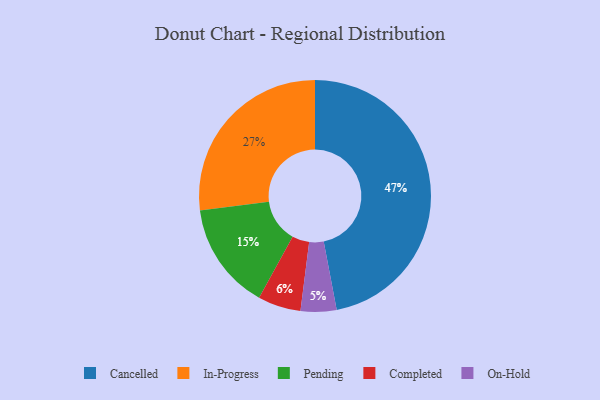
{"axis": {"x": "Category", "y": "Percentage"}, "legend": ["Cancelled", "Completed", "In-Progress", "On-Hold", "Pending"], "data": [{"x": "On-Hold", "y": 5, "type": "On-Hold"}, {"x": "Completed", "y": 6, "type": "Completed"}, {"x": "Pending", "y": 15, "type": "Pending"}, {"x": "Cancelled", "y": 47, "type": "Cancelled"}, {"x": "In-Progress", "y": 27, "type": "In-Progress"}]}